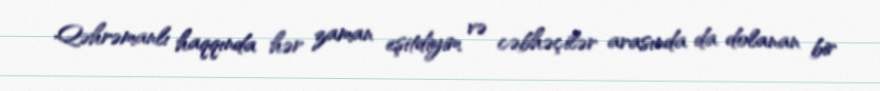
Qəhrəmanlı haqqında hər zaman eşitdiyim və cəbhəçilər arasında da dolanan bir